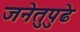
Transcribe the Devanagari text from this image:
जनेतुपुढे